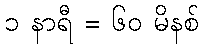
၁ နာရီ = ၆၀ မိနစ်